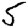
Digit: 5